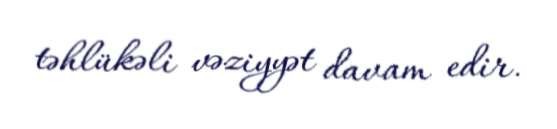
təhlükəli vəziyyət davam edir.